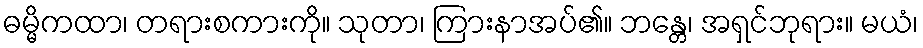
ဓမ္မိကထာ၊ တရားစကားကို။ သုတာ၊ ကြားနာအပ်၏။ ဘန္တေ၊ အရှင်ဘုရား။ မယံ၊